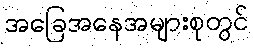
အခြေအနေအများစုတွင်